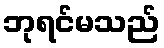
ဘုရင်မသည်